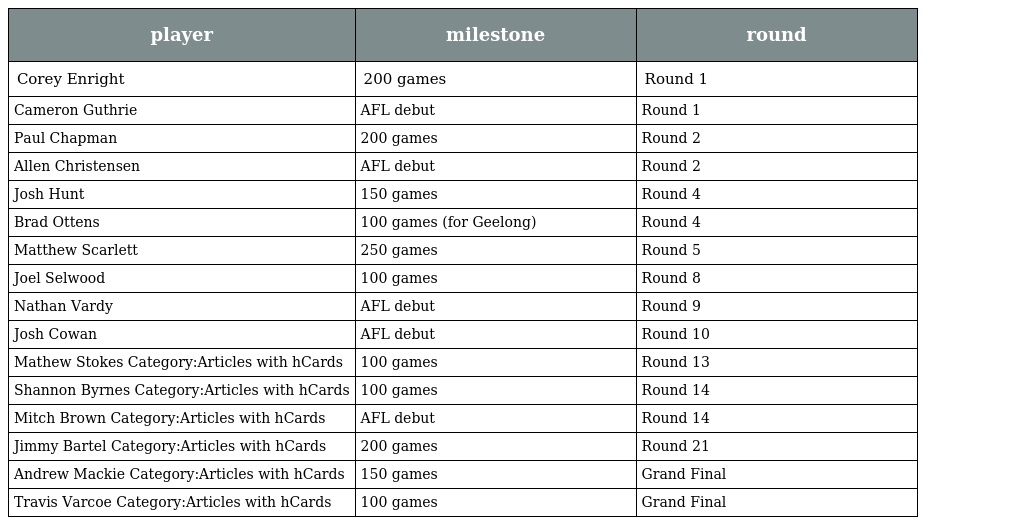
| player | milestone | round |
 | --- | --- | --- |
 | Corey Enright | 200 games | Round 1 |
 | Cameron Guthrie | AFL debut | Round 1 |
 | Paul Chapman | 200 games | Round 2 |
 | Allen Christensen | AFL debut | Round 2 |
 | Josh Hunt | 150 games | Round 4 |
 | Brad Ottens | 100 games (for Geelong) | Round 4 |
 | Matthew Scarlett | 250 games | Round 5 |
 | Joel Selwood | 100 games | Round 8 |
 | Nathan Vardy | AFL debut | Round 9 |
 | Josh Cowan | AFL debut | Round 10 |
 | Mathew Stokes Category:Articles with hCards | 100 games | Round 13 |
 | Shannon Byrnes Category:Articles with hCards | 100 games | Round 14 |
 | Mitch Brown Category:Articles with hCards | AFL debut | Round 14 |
 | Jimmy Bartel Category:Articles with hCards | 200 games | Round 21 |
 | Andrew Mackie Category:Articles with hCards | 150 games | Grand Final |
 | Travis Varcoe Category:Articles with hCards | 100 games | Grand Final |